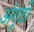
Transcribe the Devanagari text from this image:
अंगूठो